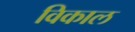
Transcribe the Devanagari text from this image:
विकाल